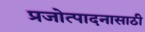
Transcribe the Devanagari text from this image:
प्रजोत्पादनासाठी